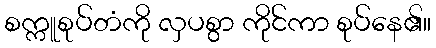
စက္ကူစုပ်တံကို လှပစွာ ကိုင်ကာ စုပ်နေ၏။